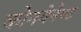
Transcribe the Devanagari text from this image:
कोनवेनेण्ट